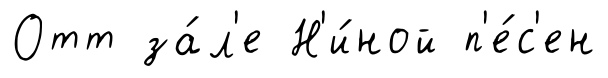
Отт за́л'е Н'и́ной п'е́с'ен